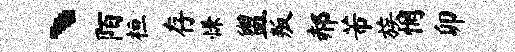
丶陌桓存慊盥叛郝芾族惘卯